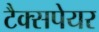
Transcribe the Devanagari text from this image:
टैक्सपेयर